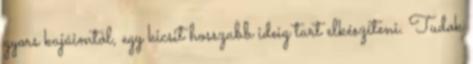
gyors kajáimtól, egy kicsit hosszabb ideig tart elkészíteni. Tudok